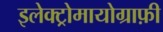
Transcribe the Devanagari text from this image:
इलेक्ट्रोमायोग्राफ़ी